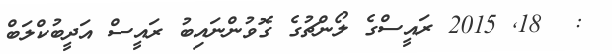
:  18